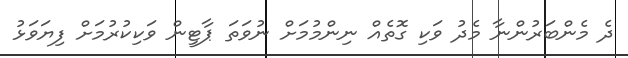
ދެ މެންބަރުންނާ މެދު ވަކި ގޮތެއް ނިންމުމަށް ނުވަތަ ޕާޓީން ވަކިކުރުމަށް ފިޔަވަޅު